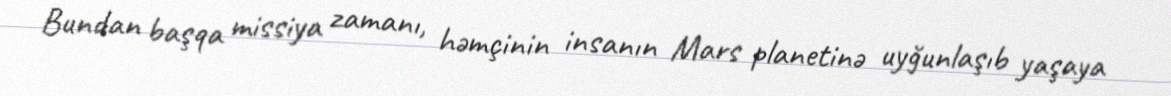
Bundan başqa missiya zamanı, həmçinin insanın Mars planetinə uyğunlaşıb yaşaya